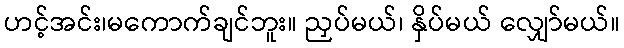
ဟင့်အင်း၊မကောက်ချင်ဘူး။ ညှပ်မယ်၊ နှိပ်မယ် လျှော်မယ်။